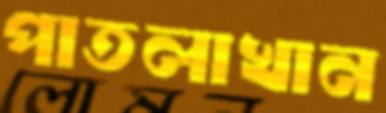
পাতলাখান